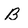
Character: B